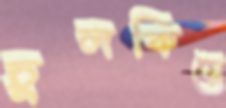
চুলকিয়ে